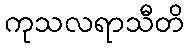
ကုသလရာသီတိ